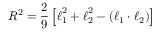
R ^ { 2 } = \frac { 2 } { 9 } \left[ \boldsymbol { \ell } _ { 1 } ^ { 2 } + \boldsymbol { \ell } _ { 2 } ^ { 2 } - ( \boldsymbol { \ell } _ { 1 } \cdot \boldsymbol { \ell } _ { 2 } ) \right]